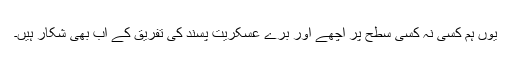
یوں ہم کسی نہ کسی سطح پر اچھے اور برے عسکریت پسند کی تفریق کے اب بھی شکار ہیں۔